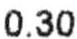
0.30